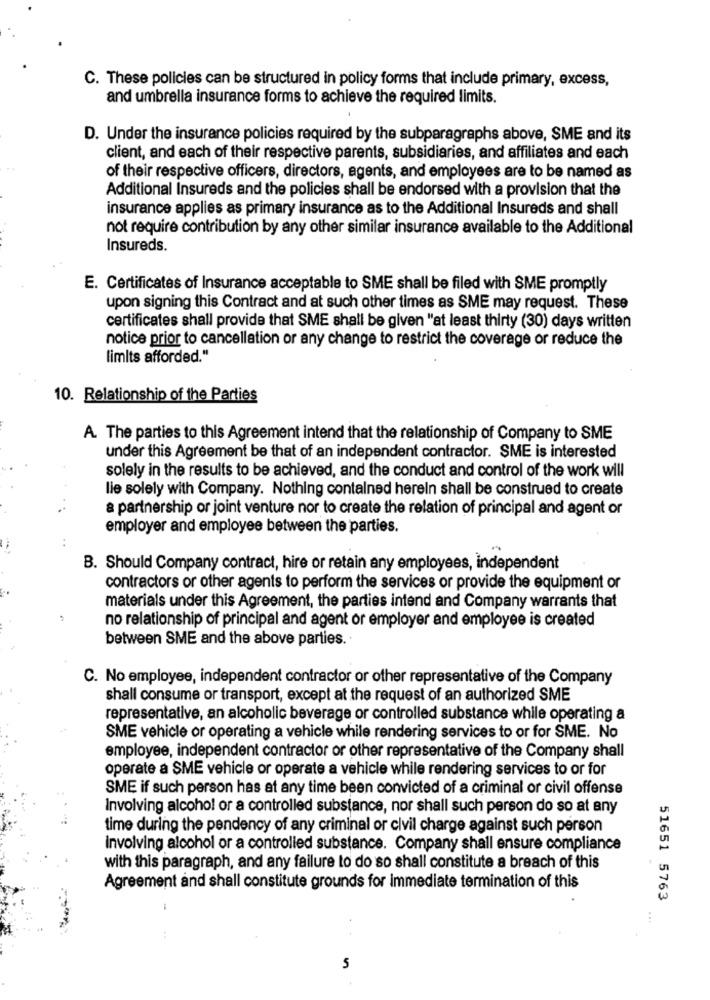
C. These policies can be structured in policy forms that include primary, excess,
and umbrella insurance forms to achieve the required limits.
D. Under the insurance policies required by the subparagraphs above, SME and its
client, and each of their respective parents, subsidiaries, and affiliates and each
of their respective officers, directors, agents, and employees are to be named as
Additional Insureds and the policies shall be endorsed with a provision that the
insurance applies as primary insurance as to the Additional Insureds and shall
not require contribution by any other similar insurance available to the Additional
Insureds.
E. Certificates of Insurance acceptable to SME shall be filed with SME promptly
upon signing this Contract and at such other times as SME may request. These
certificates shall provide that SME shall be given "at least thirty (30) days written
notice prior to cancellation or any change to restrict the coverage or reduce the
limits afforded."
10. Relationship of the Parties
A. The parties to this Agreement intend that the relationship of Company to SME
under this Agreement be that of an independent contractor. SME is interested
solely in the results to be achieved, and the conduct and control of the work will
lie solely with Company. Nothing contained herein shall be construed to create
a partnership or joint venture nor to create the relation of principal and agent or
employer and employee between the parties.
B. Should Company contract, hire or retain any employees, independent
contractors or other agents to perform the services or provide the equipment or
materials under this Agreement, the parties intend and Company warrants that
no relationship of principal and agent or employer and employee is created
between SME and the above parties.
C. No employee, independent contractor or other representative of the Company
shall consume or transport, except at the request of an authorized SME
representative, an alcoholic beverage or controlled substance while operating a
SME vehicle or operating a vehicle while rendering services to or for SME. No
employee, independent contractor or other representative of the Company shall
operate a SME vehicle or operate a vehicle while rendering services to or for
SME if such person has at any time been convicted of a criminal or civil offense
Involving alcohol or a controlled substance, nor shall such person do so at any
time during the pendency of any criminal or civil charge against such person
involving alcohol or a controlled substance. Company shall ensure compliance
with this paragraph, and any failure to do so shall constitute a breach of this
Agreement and shall constitute grounds for Immediate termination of this
51651 5763
-
5